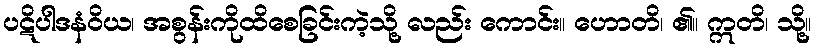
ပဋိပါဒနံဝိယ၊ အစွန်းကိုထိစေခြင်းကဲ့သို့ လည်း ကောင်း။ ဟောတိ၊ ၏။ ဣတိ၊ သို့။